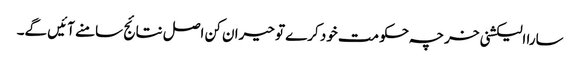
سارا الیکشنی خرچہ حکومت خود کرے تو حیران کن اصل نتائج سامنے آئیں گے۔